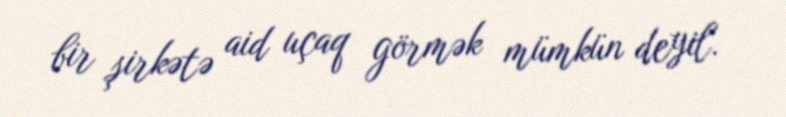
bir şirkətə aid uçaq görmək mümkün deyil.